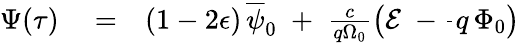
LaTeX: \begin{array}{rlr}{\Psi(\tau)}&{{}=}&{(1-2\epsilon)\, \overline{{\psi}}_{0}\; +\; \frac{c}{q\Omega_{0}}\left({\cal E}\; -\frac{}{}q\, \Phi_{0}\right)}\end{array}